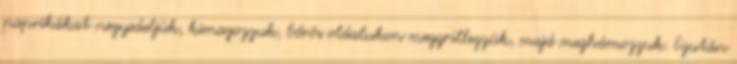
paprikákat negyedeljük, kimagozzuk, bőrös oldalukon meggrillezzük, majd meghámozzuk. Ezután